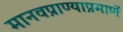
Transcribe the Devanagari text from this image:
मानवप्राण्याप्रमाणें